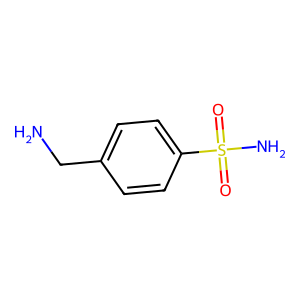
SMILES: NCc1ccc(S(N)(=O)=O)cc1
Inhibits HIV replication: No